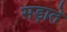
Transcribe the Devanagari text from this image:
सड़ाते